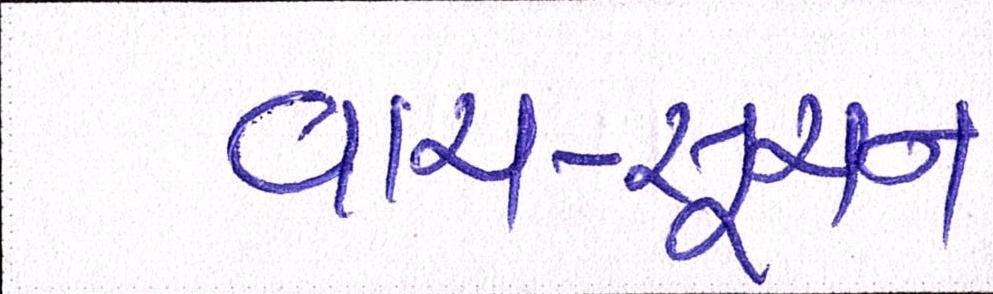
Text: વાત-સુચન